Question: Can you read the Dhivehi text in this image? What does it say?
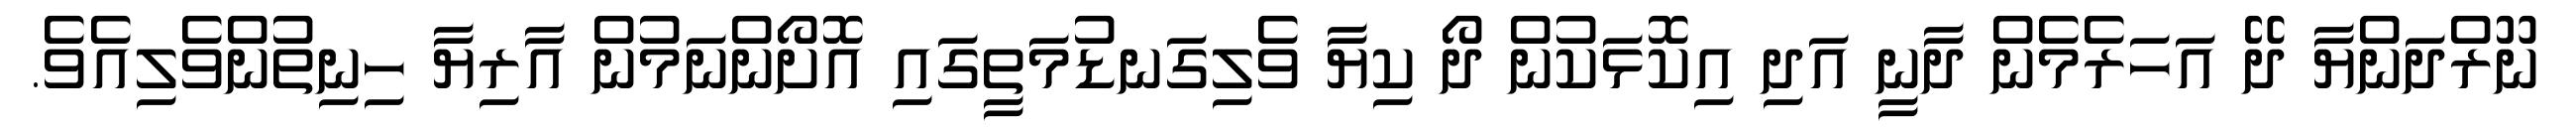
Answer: ނޫރްދަންޔާ ދޭ އަހަރެމެން ދާނީ އަދި އިކޮޅަކުން ދޯ ކިޔާ ވެލިގަނޑުމަތީގައި އޮށޯންނަމުން އާރިޔާ ހިނިތުންވެލިއެވެ.